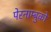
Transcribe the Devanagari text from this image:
पेरनाम्बुको